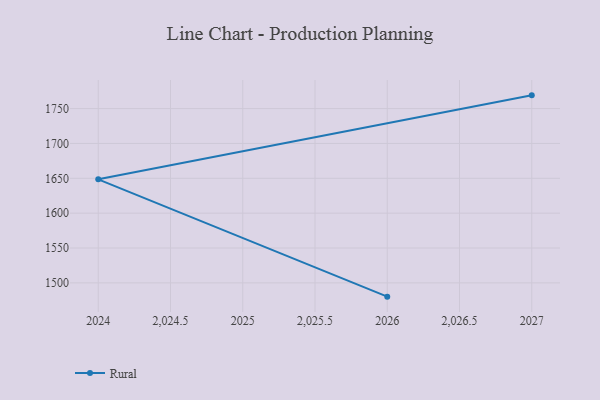
{"axis": {"x": "Year", "y": "Revenue (USD Million)"}, "legend": ["Rural"], "data": [{"x": "2026", "y": 1480.2, "type": "Rural"}, {"x": "2024", "y": 1648.5, "type": "Rural"}, {"x": "2027", "y": 1769.0, "type": "Rural"}]}